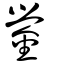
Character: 鎣